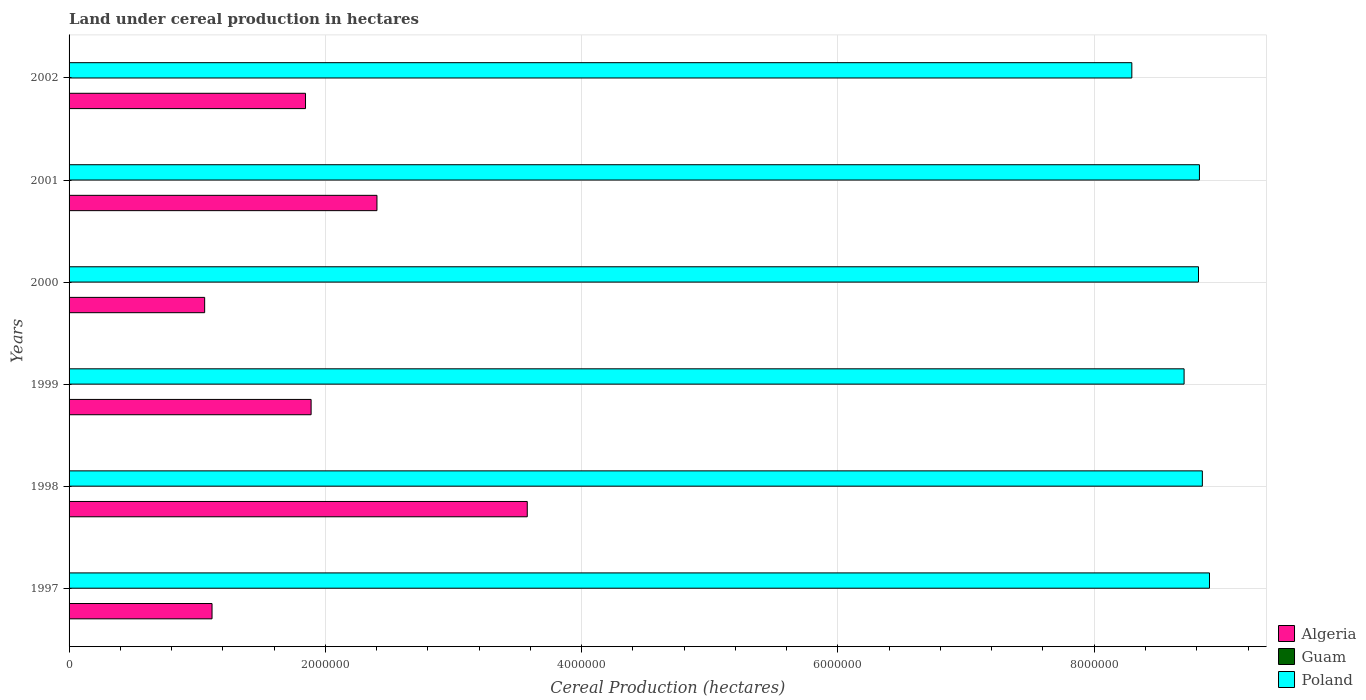
| Years | Algeria | Guam | Poland |
 | --- | --- | --- | --- |
 | 1997 | 1.12e+06 | 14 | 8.9e+06 |
 | 1998 | 3.58e+06 | 12 | 8.84e+06 |
 | 1999 | 1.89e+06 | 14 | 8.7e+06 |
 | 2000 | 1.06e+06 | 16 | 8.81e+06 |
 | 2001 | 2.4e+06 | 14 | 8.82e+06 |
 | 2002 | 1.85e+06 | 15 | 8.29e+06 |